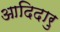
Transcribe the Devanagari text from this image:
आदिदारु